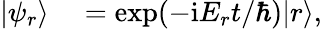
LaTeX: \begin{array}{rl}{|\psi_{r}\rangle}&{{}=\exp(-\mathrm{i}E_{r}t/\hbar)|r\rangle,}\end{array}